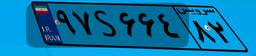
۹۷S۶۶۴۸۲